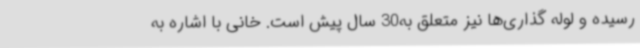
رسیده و لوله گذاری‌ها نیز متعلق به30 سال پیش است. خانی با اشاره به